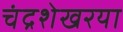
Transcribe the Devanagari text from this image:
चंद्रशेखरया